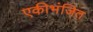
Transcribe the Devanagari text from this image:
एकीभंजित